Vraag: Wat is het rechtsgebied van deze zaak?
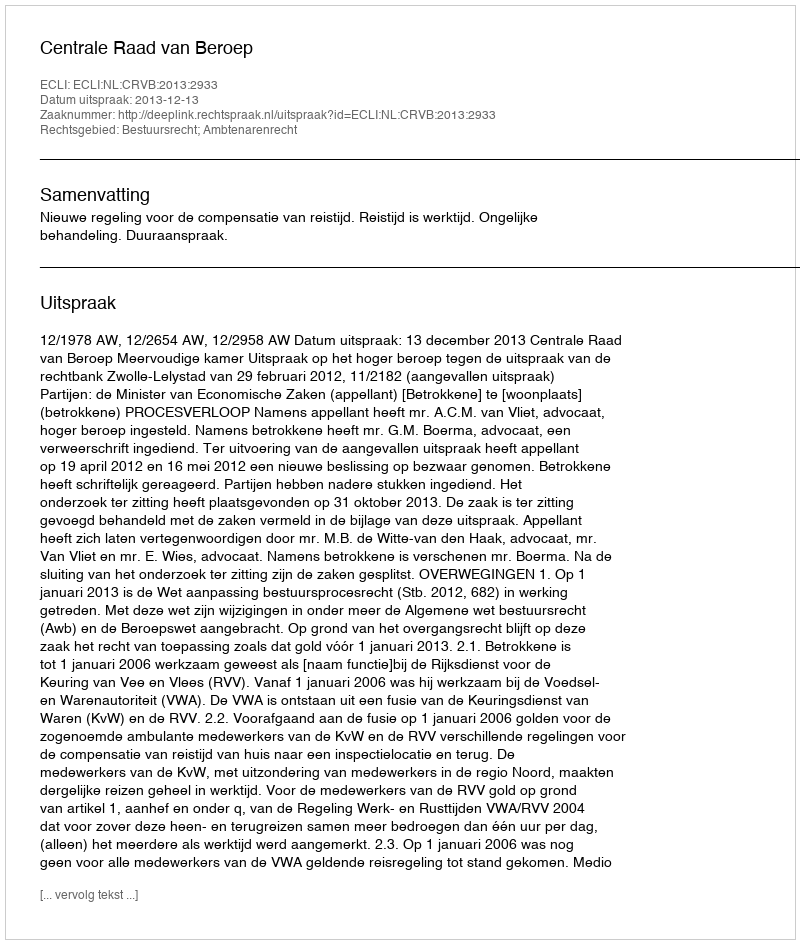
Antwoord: Bestuursrecht; Ambtenarenrecht